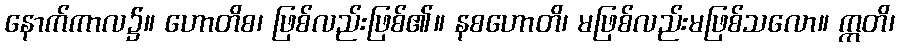
နောက်ကာလ၌။ ဟောတိစ၊ ဖြစ်လည်းဖြစ်၏။ နစဟောတိ၊ မဖြစ်လည်းမဖြစ်သလော။ ဣတိ၊